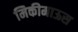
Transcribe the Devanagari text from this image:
मिकीमाऊस